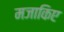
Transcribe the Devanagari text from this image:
मजाकिए